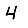
Digit: 4